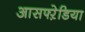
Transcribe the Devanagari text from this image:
आसफ्ऱेडिया